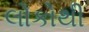
લોકોથી